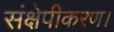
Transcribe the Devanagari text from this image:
संक्षेपीकरण।